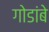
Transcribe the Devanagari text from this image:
गोडांबे